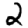
Digit: 2